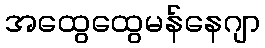
အထွေထွေမန်နေဂျာ